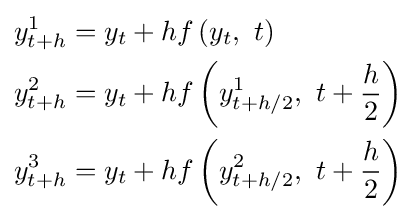
{\begin{aligned}y_{t+h}^{1}&=y_{t}+hf\left(y_{t},\ t\right)\\y_{t+h}^{2}&=y_{t}+hf\left(y_{t+h/2}^{1},\ t+{\frac {h}{2}}\right)\\y_{t+h}^{3}&=y_{t}+hf\left(y_{t+h/2}^{2},\ t+{\frac {h}{2}}\right)\end{aligned}}